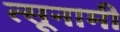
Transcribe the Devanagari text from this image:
त्सूनामी